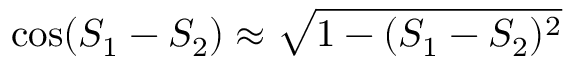
\cos ( S _ { 1 } - S _ { 2 } ) \approx \sqrt { 1 - ( S _ { 1 } - S _ { 2 } ) ^ { 2 } }